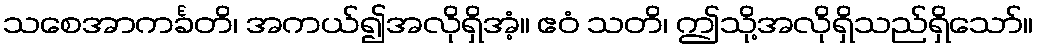
သစေအာကင်္ခတိ၊ အကယ်၍အလိုရှိအံ့။ ဧဝံ သတိ၊ ဤသို့အလိုရှိသည်ရှိသော်။